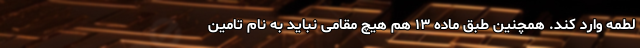
لطمه وارد کند. همچنین طبق ماده ۱۳ هم هیچ مقامی نباید به نام تامین